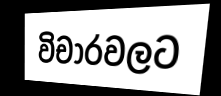
විචාරවලට